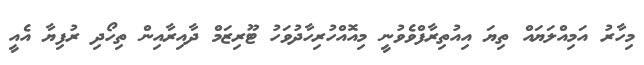
މިހާރު އަމިއްލަޔައް ތިޔަ އިއުތިރާފްވެވުނީ މިއޮއްހުރިހާދުވަހު ޓޫރިޒަމް ދާއިރާއިން ތިހޯދި ރުފިޔާ އެއީ